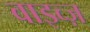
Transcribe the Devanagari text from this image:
वाइव्ज़